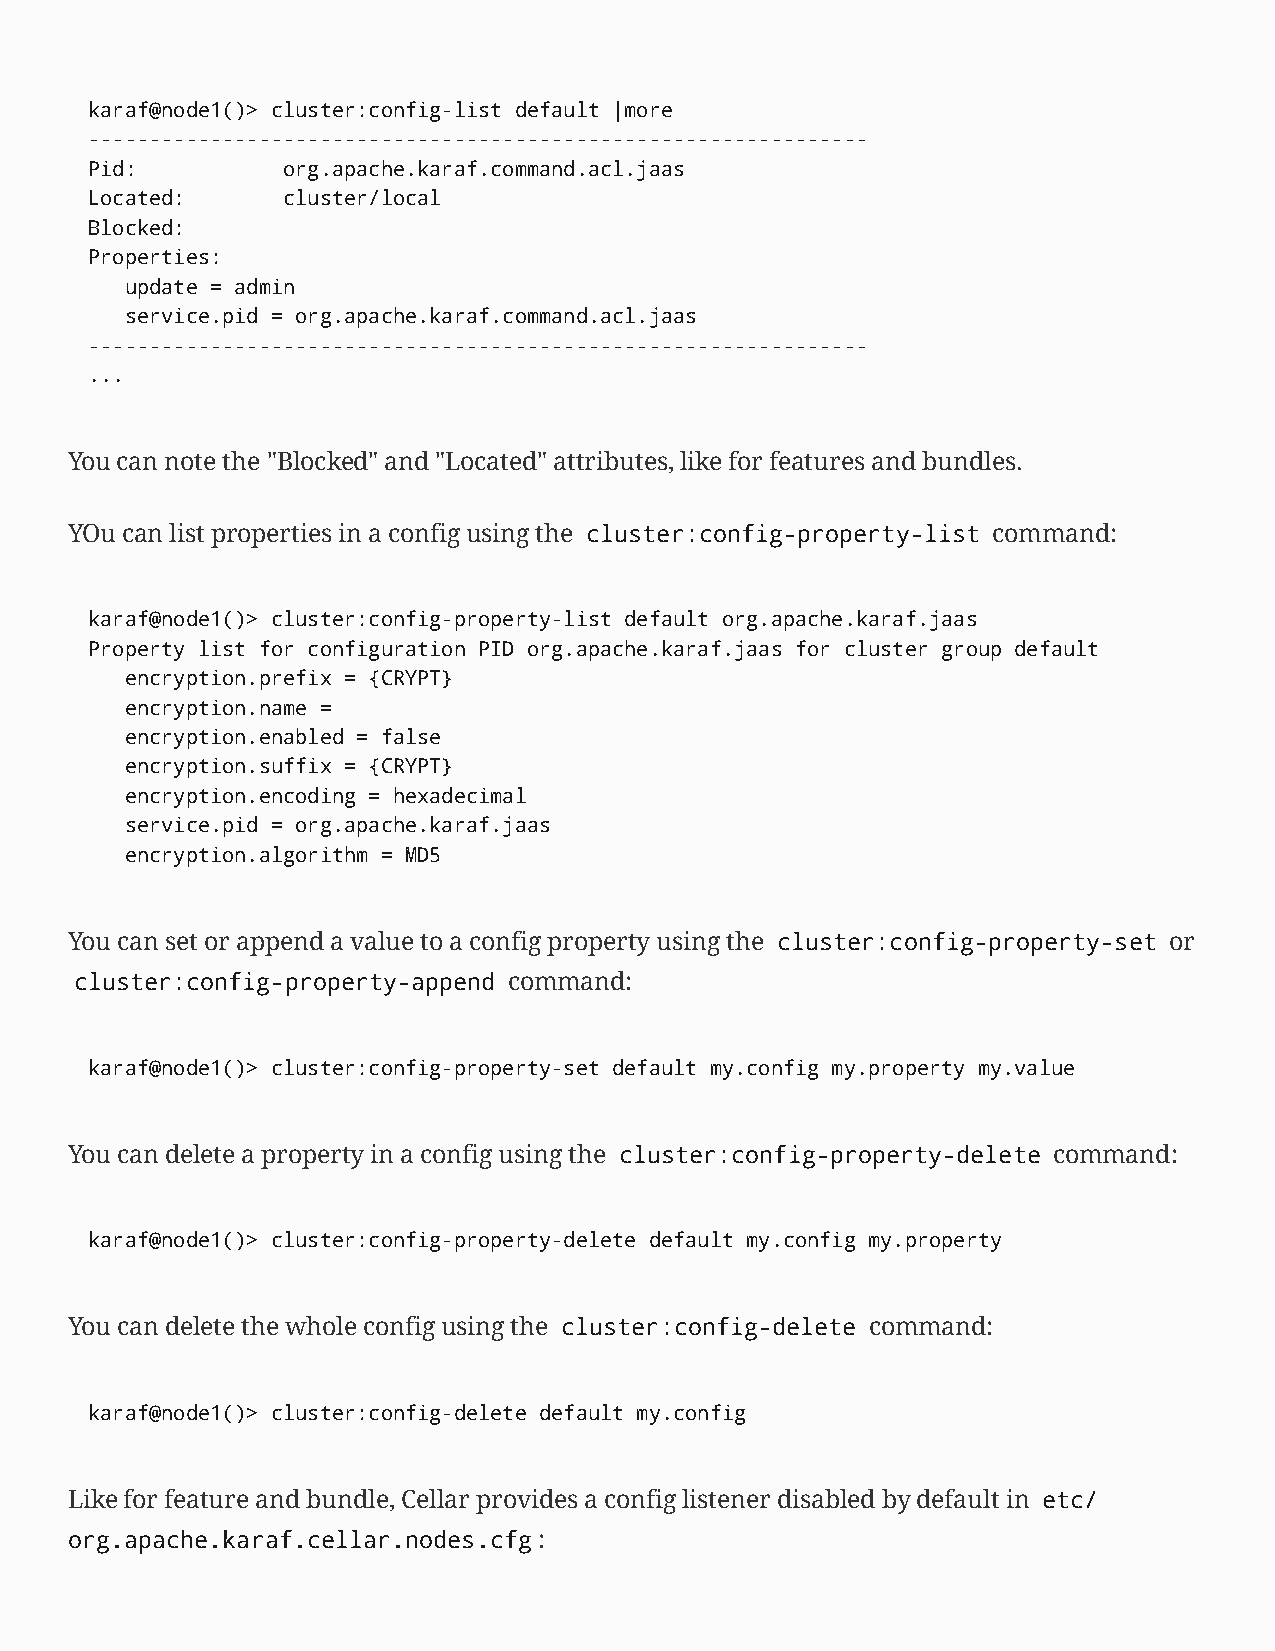
karaf@node1()> cluster:config-list default |more
 ----------------------------------------------------------------
 Pid:         org.apache.karaf.command.acl.jaas
 Located:     cluster/local
 Blocked:
 Properties:
 update = admin
 service.pid = org.apache.karaf.command.acl.jaas
 ----------------------------------------------------------------
 ...
 You can note the "Blocked" and "Located" attributes, like for features and bundles.
 YOu can list properties in a config using the cluster:config-property-list command:
 karaf@node1()> cluster:config-property-list default org.apache.karaf.jaas
 Property list for configuration PID org.apache.karaf.jaas for cluster group default
 encryption.prefix = {CRYPT}
 encryption.name =
 encryption.enabled = false
 encryption.suffix = {CRYPT}
 encryption.encoding = hexadecimal
 service.pid = org.apache.karaf.jaas
 encryption.algorithm = MD5
 You can set or append a value to a config property using the cluster:config-property-set or
 cluster:config-property-append command:
 karaf@node1()> cluster:config-property-set default my.config my.property my.value
 You can delete a property in a config using the cluster:config-property-delete command:
 karaf@node1()> cluster:config-property-delete default my.config my.property
 You can delete the whole config using the cluster:config-delete command:
 karaf@node1()> cluster:config-delete default my.config
 Like for feature and bundle, Cellar provides a config listener disabled by default in etc/
 org.apache.karaf.cellar.nodes.cfg: